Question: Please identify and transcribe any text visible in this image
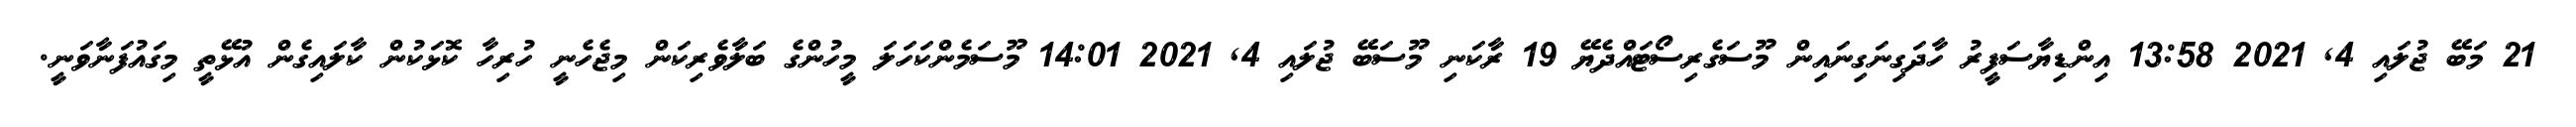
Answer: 21 މަބޭ ޖުލައި 4, 2021 13:58 އިންޑިޔާސަފީރު ހާދަގިނަގިނައިން މޫސަގެރިސޯޓައްދެޔޭ 19 ރާކަނި މޫސަބޭ ޖުލައި 4, 2021 14:01 މޫސަމެންކަހަލަ މީހުންގެ ބަލާވެރިކަން މިޖެހެނީ ހުރިހާ ކޮޅަކުން ކާލައިގެން އުޅޭތީ މިގައުފަނާވަނީ.